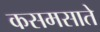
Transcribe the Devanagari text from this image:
कसमसाते